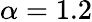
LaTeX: \alpha=1.2